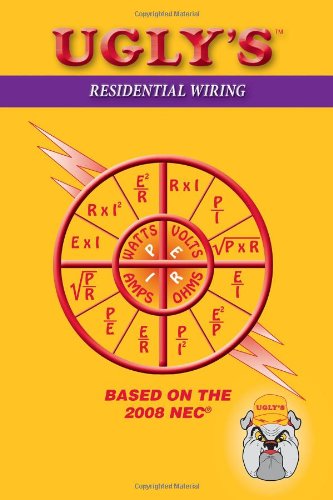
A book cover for Ugly's Residential Wiring (Ugly's Electrical Reference); Jones & Bartlett Learning; Science & Math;